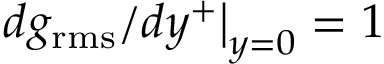
\left. d g _ { \mathrm { r m s } } / d y ^ { + } \right| _ { y = 0 } = 1